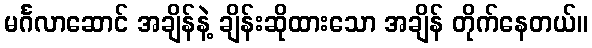
မင်္ဂလာဆောင် အချိန်နဲ့ ချိန်းဆိုထားသော အချိန် တိုက်နေတယ်။